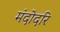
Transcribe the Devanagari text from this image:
मंदोदरि